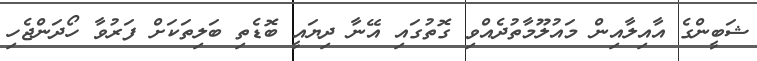
ޝަބީންގެ އާއިލާއިން މައުލޫމާތުދެއްވި ގޮތުގައި އޭނާ ދިޔައީ ބޮޑެތި ބަލިތަކަށް ފަރުވާ ހޯދަންޖެހި